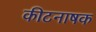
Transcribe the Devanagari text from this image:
कीटनाषक